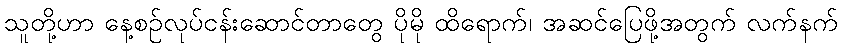
သူတို့ဟာ နေ့စဉ်လုပ်ငန်းဆောင်တာတွေ ပိုမို ထိရောက်၊ အဆင်ပြေဖို့အတွက် လက်နက်